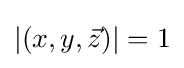
|(x,y,{\vec {z}})|=1